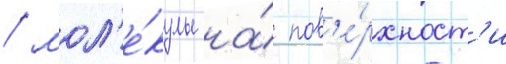
/ мол'е́кулы на́ пов'е́рхност'и